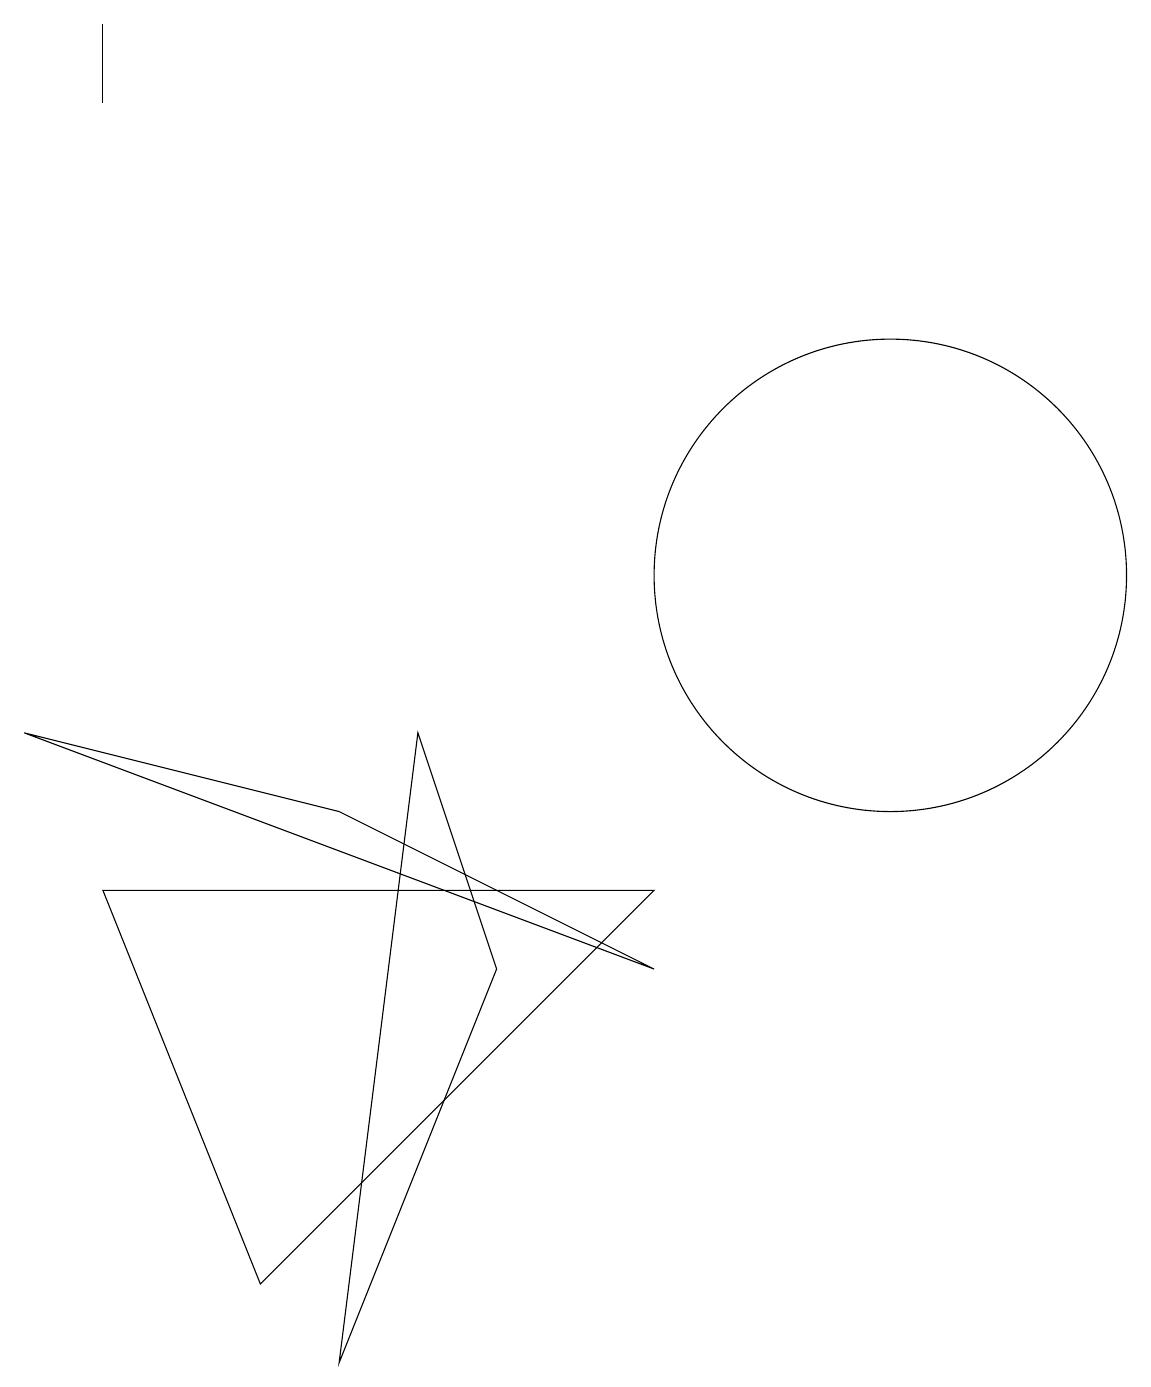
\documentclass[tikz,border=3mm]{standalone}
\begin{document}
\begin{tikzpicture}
\draw (6,5) -- (4,0) -- (5,8) -- cycle;
\draw (8,6) -- (3,1) -- (1,6) -- cycle;
\draw (11,10) circle (3);
\draw (11,12) circle (0);
\draw (8,5) -- (4,7) -- (0,8) -- cycle;
\draw (1,17) rectangle (1,16);
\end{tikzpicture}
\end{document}